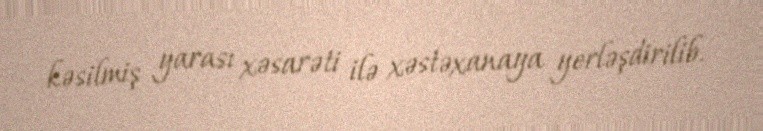
kəsilmiş yarası xəsarəti ilə xəstəxanaya yerləşdirilib.